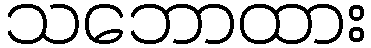
သဘောထား